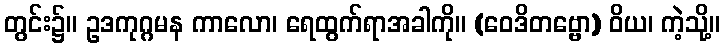
တွင်း၌။ ဥဒကုဂ္ဂမန ကာလော၊ ရေထွက်ရာအခါကို။ (ဝေဒိတဗ္ဗော) ဝိယ၊ ကဲ့သို့။